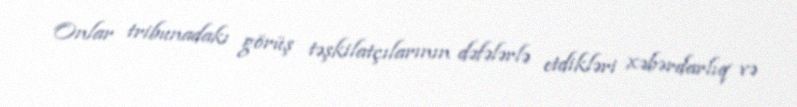
Onlar tribunadakı görüş təşkilatçılarının dəfələrlə etdikləri xəbərdarlıq və